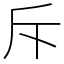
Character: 斥